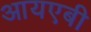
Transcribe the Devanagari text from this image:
आयएबी